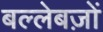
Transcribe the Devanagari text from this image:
बल्लेबज़ों